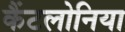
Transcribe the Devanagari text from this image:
कैंटलोनिया